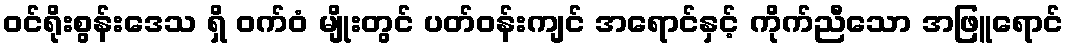
ဝင်ရိုးစွန်းဒေသ ရှိ ဝက်ဝံ မျိုးတွင် ပတ်ဝန်းကျင် အရောင်နှင့် ကိုက်ညီသော အဖြူရောင်